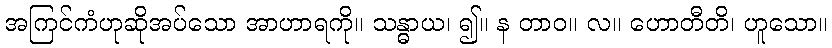
အကြင်ကံဟုဆိုအပ်သော အာဟာရကို။ သန္ဓာယ၊ ၍။ န တာဝ။ လ။ ဟောတီတိ၊ ဟူသော။